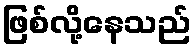
ဖြစ်လို့နေသည်